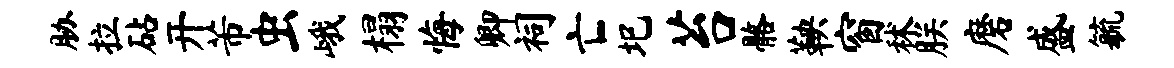
胁拉砧开芾虫峨榻悔卿祠亡圯苔髂鞅窗秫朕磨盛毓